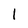
Character: 1